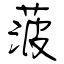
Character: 菠